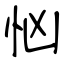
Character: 忷